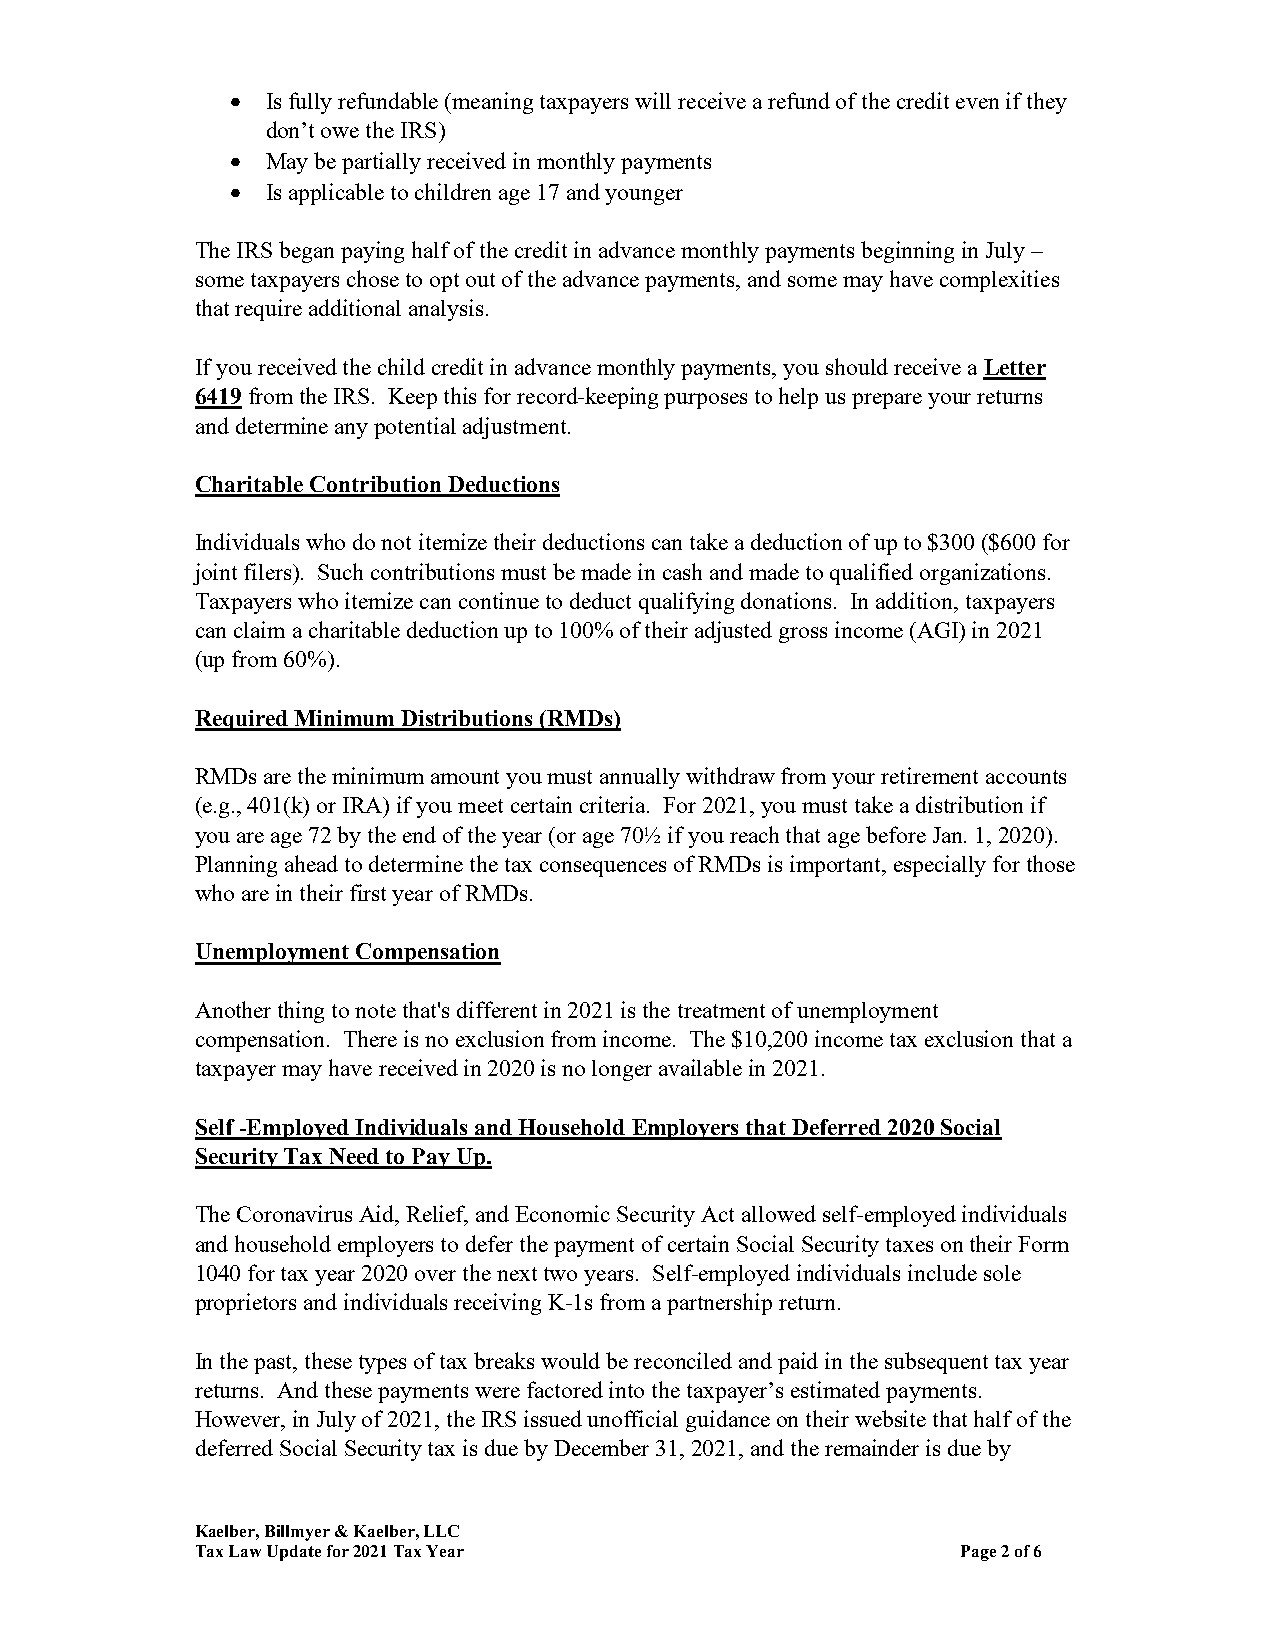
  Is fully refundable (meaning taxpayers will receive a refund of the credit even if they
 don’t owe the IRS)
   May be partially received in monthly payments
   Is applicable to children age 17 and younger
 The IRS began paying half of the credit in advance monthly payments beginning in July –
 some taxpayers chose to opt out of the advance payments, and some may have complexities
 that require additional analysis.
 If you received the child credit in advance monthly payments, you should receive a Letter
 6419 from the IRS. Keep this for record-keeping purposes to help us prepare your returns
 and determine any potential adjustment.
 Charitable Contribution Deductions
 Individuals who do not itemize their deductions can take a deduction of up to $300 ($600 for
 joint filers). Such contributions must be made in cash and made to qualified organizations.
 Taxpayers who itemize can continue to deduct qualifying donations. In addition, taxpayers
 can claim a charitable deduction up to 100% of their adjusted gross income (AGI) in 2021
 (up from 60%).
 Required Minimum Distributions (RMDs)
 RMDs are the minimum amount you must annually withdraw from your retirement accounts
 (e.g., 401(k) or IRA) if you meet certain criteria. For 2021, you must take a distribution if
 you are age 72 by the end of the year (or age 70½ if you reach that age before Jan. 1, 2020).
 Planning ahead to determine the tax consequences of RMDs is important, especially for those
 who are in their first year of RMDs.
 Unemployment Compensation
 Another thing to note that's different in 2021 is the treatment of unemployment
 compensation. There is no exclusion from income. The $10,200 income tax exclusion that a
 taxpayer may have received in 2020 is no longer available in 2021.
 Self -Employed Individuals and Household Employers that Deferred 2020 Social
 Security Tax Need to Pay Up.
 The Coronavirus Aid, Relief, and Economic Security Act allowed self-employed individuals
 and household employers to defer the payment of certain Social Security taxes on their Form
 1040 for tax year 2020 over the next two years. Self-employed individuals include sole
 proprietors and individuals receiving K-1s from a partnership return.
 In the past, these types of tax breaks would be reconciled and paid in the subsequent tax year
 returns. And these payments were factored into the taxpayer’s estimated payments.
 However, in July of 2021, the IRS issued unofficial guidance on their website that half of the
 deferred Social Security tax is due by December 31, 2021, and the remainder is due by
 Kaelber, Billmyer & Kaelber, LLC
 Tax Law Update for 2021 Tax Year                   Page 2 of 6